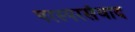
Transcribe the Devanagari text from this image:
परस्परसंवाद